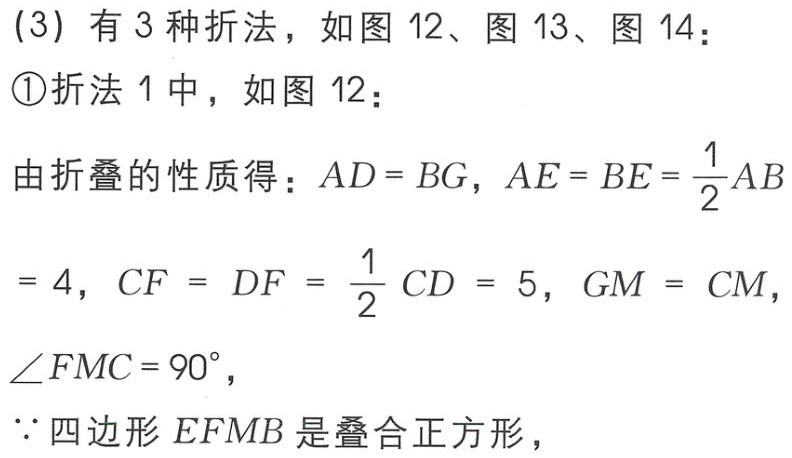
(3) 有 3 种折法，如图 12、图 13、图 14：
\textcircled{1}折法 1 中，如图 12：
由折叠的性质得：\(AD = BG\)，\(AE = BE=\frac{1}{2}AB\)
\( = 4\)，\(CF = DF=\frac{1}{2}CD = 5\)，\(GM = CM\)，
\(\angle FMC = 90^{\circ}\)，
\(\because\)四边形\(EFM B\)是叠合正方形，